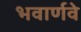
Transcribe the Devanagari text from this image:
भवार्णवे